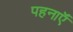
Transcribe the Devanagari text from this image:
पहनाऍं